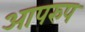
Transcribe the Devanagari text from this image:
आपरुप